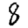
Digit: 8